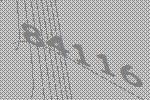
84116